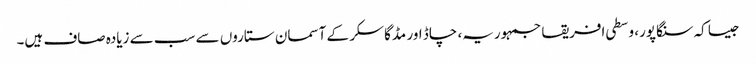
جیسا کہ سنگاپور، وسطی افریقا جمہوریہ، چاڈ اور مڈگاسکر کے آسمان ستاروں سے سب سے زیادہ صاف ہیں۔